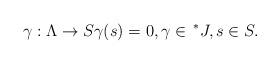
LaTeX: \begin{align*}\gamma : \Lambda \rightarrow S \gamma (s)=0, \gamma \in \,^{*}J, s\in S.\end{align*}